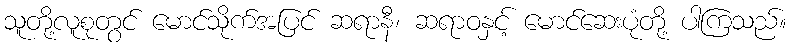
သူတို့လူစုတွင် မောင်သိုက်အပြင် ဆရာနီ၊ ဆရာဝနှင့် မောင်ဆေးပုံတို့ ပါကြသည်။